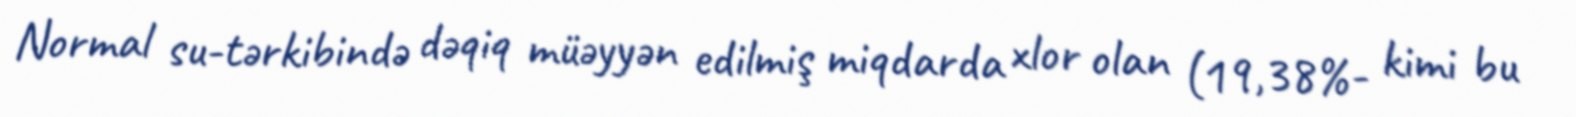
Normal su-tərkibində dəqiq müəyyən edilmiş miqdarda xlor olan (19,38%- kimi bu